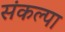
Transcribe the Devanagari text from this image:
संकल्पा